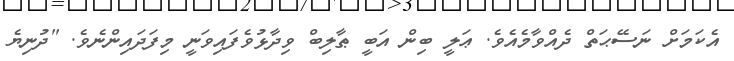
އެކަމަށް ނަސޭޙަތް ދެއްވާމެއެވެ. ޢަލީ ބިން އަބީ ޠާލިބް ވިދާޅުވެފައިވަނީ މިފަދައިންނެވެ. "ދުނިޔެ